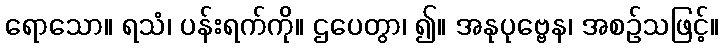
ရောသော။ ရသံ၊ ပန်းရက်ကို။ ဌပေတွာ၊ ၍။ အနုပုဗ္ဗေန၊ အစဉ်သဖြင့်။